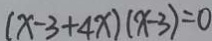
( x - 3 + 4 x ) ( x - 3 ) = 0